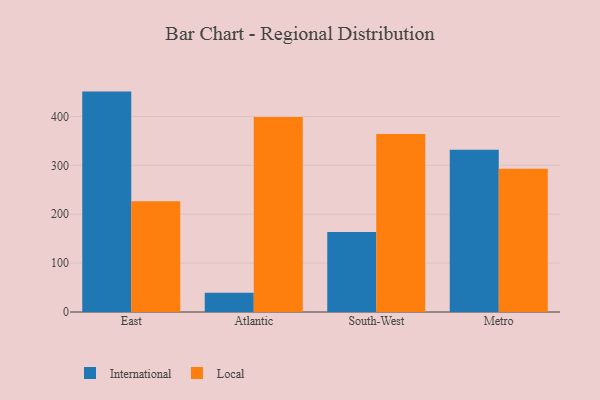
{"axis": {"x": "Region", "y": "Production Output"}, "legend": ["International", "Local"], "data": [{"x": "East", "y": 450.8, "type": "International"}, {"x": "East", "y": 226.6, "type": "Local"}, {"x": "Atlantic", "y": 39.2, "type": "International"}, {"x": "Atlantic", "y": 398.9, "type": "Local"}, {"x": "South-West", "y": 163.8, "type": "International"}, {"x": "South-West", "y": 364.2, "type": "Local"}, {"x": "Metro", "y": 331.9, "type": "International"}, {"x": "Metro", "y": 293.0, "type": "Local"}]}